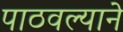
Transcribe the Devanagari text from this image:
पाठवल्याने